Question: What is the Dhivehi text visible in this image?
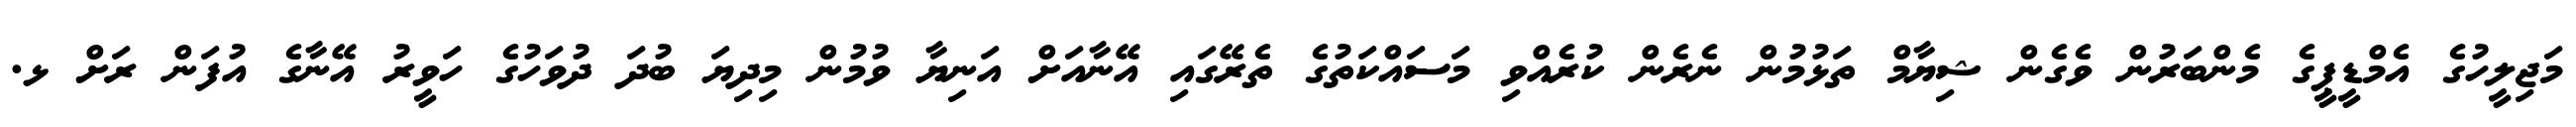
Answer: މަޖިލީހުގެ އެމްޑީޕީގެ މެންބަރުން ވެގެން ޝިޔާމް ތަޅުމުން ނެރެން ކުރެއްވި މަސައްކަތުގެ ތެރޭގައި އޭނާއަށް އަނިޔާ ވުމުން މިދިޔަ ބުދަ ދުވަހުގެ ހަވީރު އޭނާގެ އުފަން ރަށް ޅ.